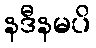
နဒီနမပိ